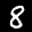
Label: 8